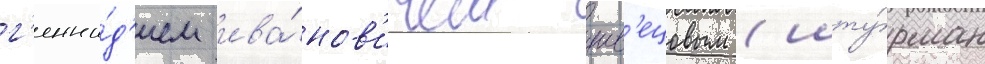
г'енна́д'ием ива́нов'ичем шв'ецовым (шту́рман